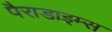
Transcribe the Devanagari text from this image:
पैराडाइम्स